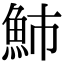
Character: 䰽